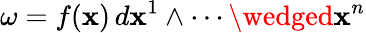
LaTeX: \omega=f(\mathbf{x})\, d\mathbf{x}^{1}\wedge\cdots\wedged\mathbf{x}^{n}